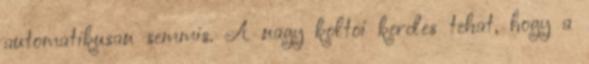
automatikusan semmis. A nagy koltoi kerdes tehat, hogy a